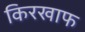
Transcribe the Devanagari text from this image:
किरखाफ